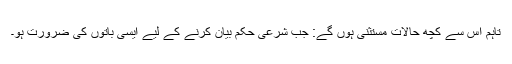
تاہم اس سے کچھ حالات مستثنی ہوں گے: جب شرعی حکم بیان کرنے کے لیے ایسی باتوں کی ضرورت ہو۔